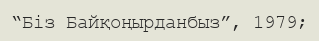
“Біз Байқоңырданбыз”, 1979;